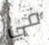
في